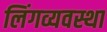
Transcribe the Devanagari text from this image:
लिंगव्यवस्था